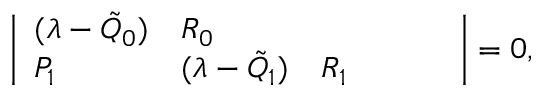
\begin{array} { r } { \left| \begin{array} { l l l l l l } { ( \lambda - \Tilde { Q } _ { 0 } ) } & { R _ { 0 } } & { } & { } & { } & { } \\ { P _ { 1 } } & { ( \lambda - \Tilde { Q } _ { 1 } ) } & { R _ { 1 } } & { } & { } & { } \end{array} \right| = 0 , } \end{array}